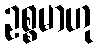
ဥစ္စမာဟု